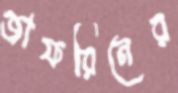
জাফরিনের